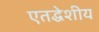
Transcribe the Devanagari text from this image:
एतद्धेशीय